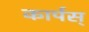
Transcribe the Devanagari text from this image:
कार्पस्